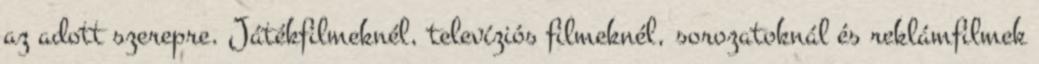
az adott szerepre. Játékfilmeknél, televíziós filmeknél, sorozatoknál és reklámfilmek